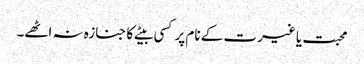
محبت یا غیرت کے نام پر کسی بیٹے کا جنازہ نہ اٹھے۔